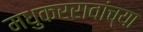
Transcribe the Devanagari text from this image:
मधुकररावांच्या